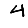
Digit: 4